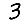
Digit: 3